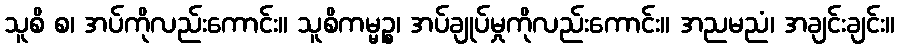
သူစိ စ၊ အပ်ကိုလည်းကောင်း။ သူစိကမ္မဉ္စ၊ အပ်ချုပ်မှုကိုလည်းကောင်း။ အညမညံ၊ အချင်းချင်း။